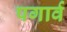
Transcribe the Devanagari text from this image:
पगार्व